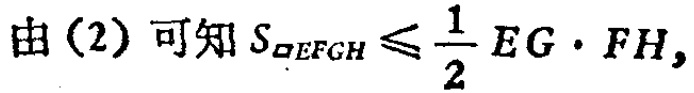
由(2)可知 \(S_{\square EFGH}\leqslant \frac{1}{2}EG\cdot FH\)，